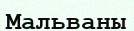
Мальваны